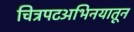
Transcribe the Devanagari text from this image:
चित्रपटअभिनयातून